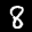
Label: 8